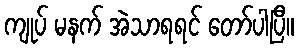
ကျုပ် မနက် အဲသာရရင် တော်ပါပြီ။